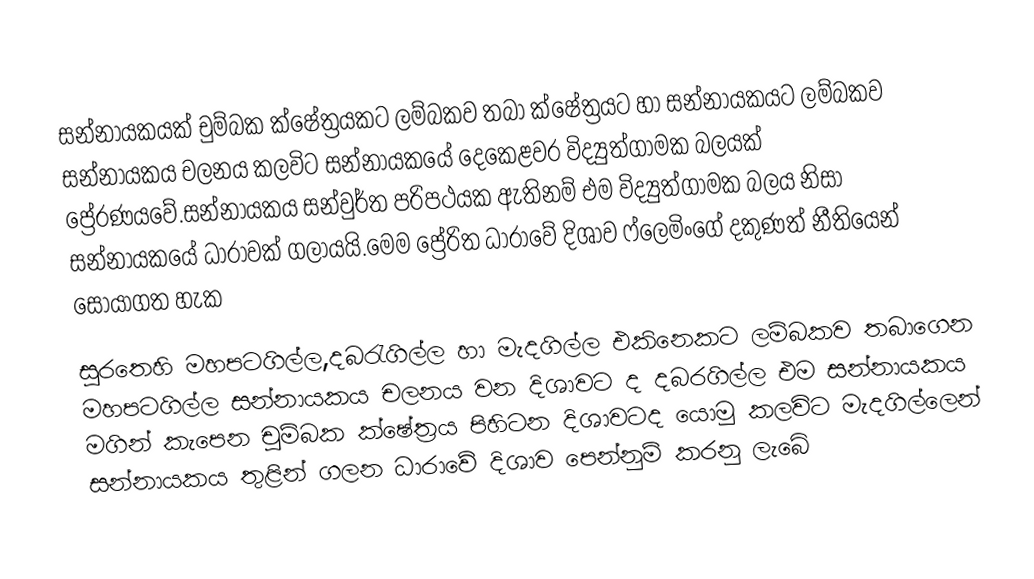
සන්නායකයක් චුම්බක ක්ෂේත්‍රයකට ලම්බකව තබා ක්ෂේත්‍රයට හා සන්නායකයට ලම්බකව සන්නායකය චලනය කලවිට සන්නායකයේ දෙකෙළවර විද්‍යුත්ගාමක බලයක් ප්‍රේරණයවේ.සන්නායකය සන්වුර්ත පරිපථයක ඇතිනම් එම විද්‍යුත්ගාමක බලය නිසා සන්නායකයේ ධාරාවක් ගලායයි.මෙම ප්‍රේරිත ධාරාවේ දිශාව ෆ්ලෙමිංගේ දකුණත් නීතියෙන් සොයාගත හැක

සුරතෙහි මහපටගිල්ල,දබරැගිල්ල හා මැදගිල්ල එකිනෙකට ලම්බකව තබාගෙන මහපටගිල්ල සන්නායකය චලනය වන දිශාවට ද දබරගිල්ල එම සන්නායකය මගින් කැපෙන චුම්බක ක්ෂේත්‍රය පිහිටන දිශාවටද යොමු කලවිට මැදගිල්ලෙන් සන්නායකය තුළින් ගලන ධාරාවේ දිශාව පෙන්නුම් කරනු ලැබේ